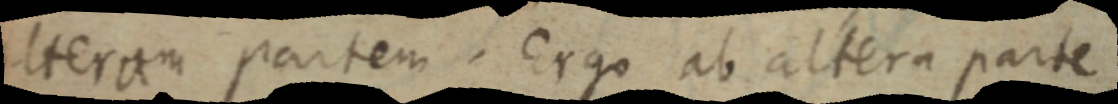
ulteram partem. ergo ab altera parte